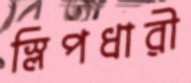
স্লিপধারী